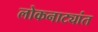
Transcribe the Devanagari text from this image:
लोकनाट्यांत